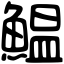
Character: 鰛